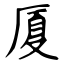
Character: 厦